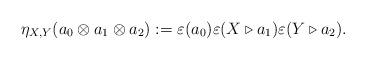
LaTeX: \begin{align*}\eta_{X, Y} (a_0 \otimes a_1 \otimes a_2) := \varepsilon(a_0) \varepsilon(X \triangleright a_1) \varepsilon(Y \triangleright a_2).\end{align*}